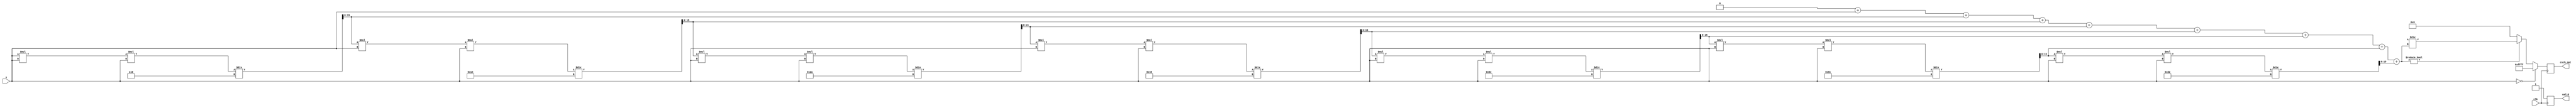
module hyperbolic_cosecant (
    input   wire        clk,              // Clock signal
    input   wire [15:0] x,                // Input value (fixed-point representation)
    output  reg  [15:0] csch_out,         // Output value (fixed-point representation)
    output  reg         valid              // Output valid signal
);

    // Parameter
    parameter INTEGER_WIDTH = 15;         // Number of bits for integer part
    parameter FRACTIONAL_WIDTH = 1;       // Number of bits for fractional part in fixed-point representation

    // Internal signals
    wire [15:0] sinh_val;                 // Hyperbolic sine value
    reg  [15:0] reciprocal;                // Reciprocal value to compute csch

    // Compute hyperbolic sine (sinh) using Taylor series expansion
    function [15:0] sinh;
        input [15:0] x;
        reg   [15:0] term;
        reg signed [31:0] sum;
        integer i;
        begin
            sum = 0;
            term = x; // First term is x
            sum = sum + term; // Sum = x
            for (i = 1; i < 8; i= i + 1) begin
                term = (term * x * x) / (2 * i * (2 * i + 1)); // x^(2*i+1)/(2*i+1)!
                sum = sum + term; // Add next term
            end
            sinh = sum[15:0]; // Ensure constrained output
        end
    endfunction

    // Main logic
    always @(posedge clk) begin
        valid <= 1'b0; // Default valid to low
        if (x == 0) begin
            csch_out <= 16'hFFFF; // Assign a large value for csch(0) (infinity)
            valid <= 1'b1; // Output valid high
        end else begin
            sinh_val = sinh(x); // Compute sinh(x)

            if (sinh_val != 0) begin
                // Compute the reciprocal of sinh
                reciprocal = (16'h0001 << 16) / sinh_val; // 1.0 in fixed point * 2^16
                csch_out = reciprocal; // csch(x) = 1/sinh(x)
            end else begin
                csch_out <= 16'h0000; // Handling very small sinh output case, outputs zero
            end
            valid <= 1'b1; // Output valid high for other cases
        end
    end
    
endmodule